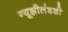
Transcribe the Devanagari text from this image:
न्यूझीलंडशी